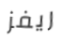
ريفز